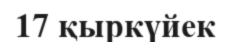
17 қыркүйек